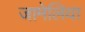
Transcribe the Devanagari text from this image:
जामेलिया